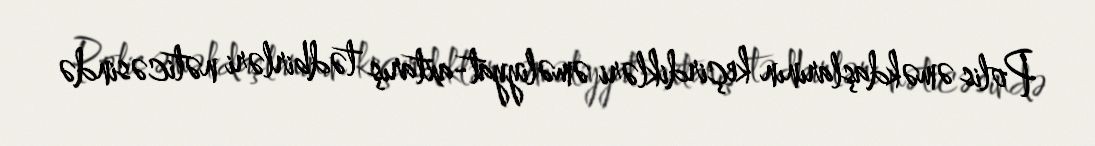
Polis əməkdaşlarının keçirdikləri əməliyyat-axtarış tədbirləri nəticəsində